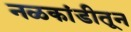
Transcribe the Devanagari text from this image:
नळकांडीतून